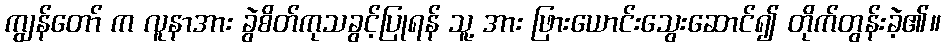
ကျွန်တော် က လူနာအား ခွဲစိတ်ကုသခွင့်ပြုရန် သူ့ အား ဖြားယောင်းသွေးဆောင်၍ တိုက်တွန်းခဲ့၏။